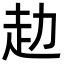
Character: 赲